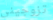
تزوجيني